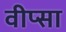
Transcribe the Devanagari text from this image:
वीप्सा